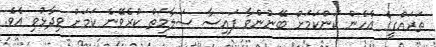
ތަރައްގީގެ އެހެން ކަންކަމަށް ބޭނުންވާ ފައިސާ ސަލާމަތް ކުރެވޭނެ ކަމަށް ވިދާޅުވި އެވެ.